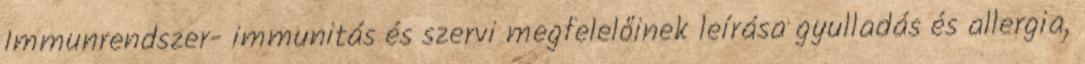
Immunrendszer- immunitás és szervi megfelelőinek leírása gyulladás és allergia,